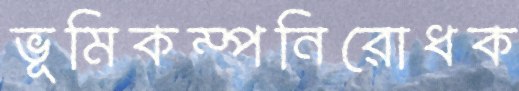
ভূমিকম্পনিরোধক